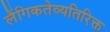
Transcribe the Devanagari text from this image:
लैंगिकतेव्यतिरिक्त